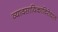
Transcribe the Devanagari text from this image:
व्यावसायिकांविरोधात